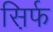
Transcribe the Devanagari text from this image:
स़िर्फ